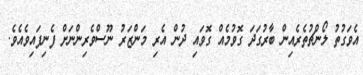
އެވަގުތު ލޯންޗުތެރެއިން ބާރުގަދަ ގޮވުމެއް ގޮވައި ދުން އެރި މަންޒަރު ނޫސްވެރިންނަށް ފެނިފައިވެއެވެ.